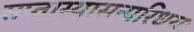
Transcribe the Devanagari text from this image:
सप्तास्यासन्परिधयः